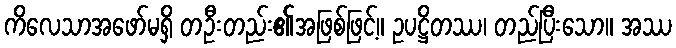
ကိလေသာအဖော်မရှိ တဦးတည်း၏အဖြစ်ဖြင့်။ ဥပဋ္ဌိတဿ၊ တည်ပြီးသော။ အဿ